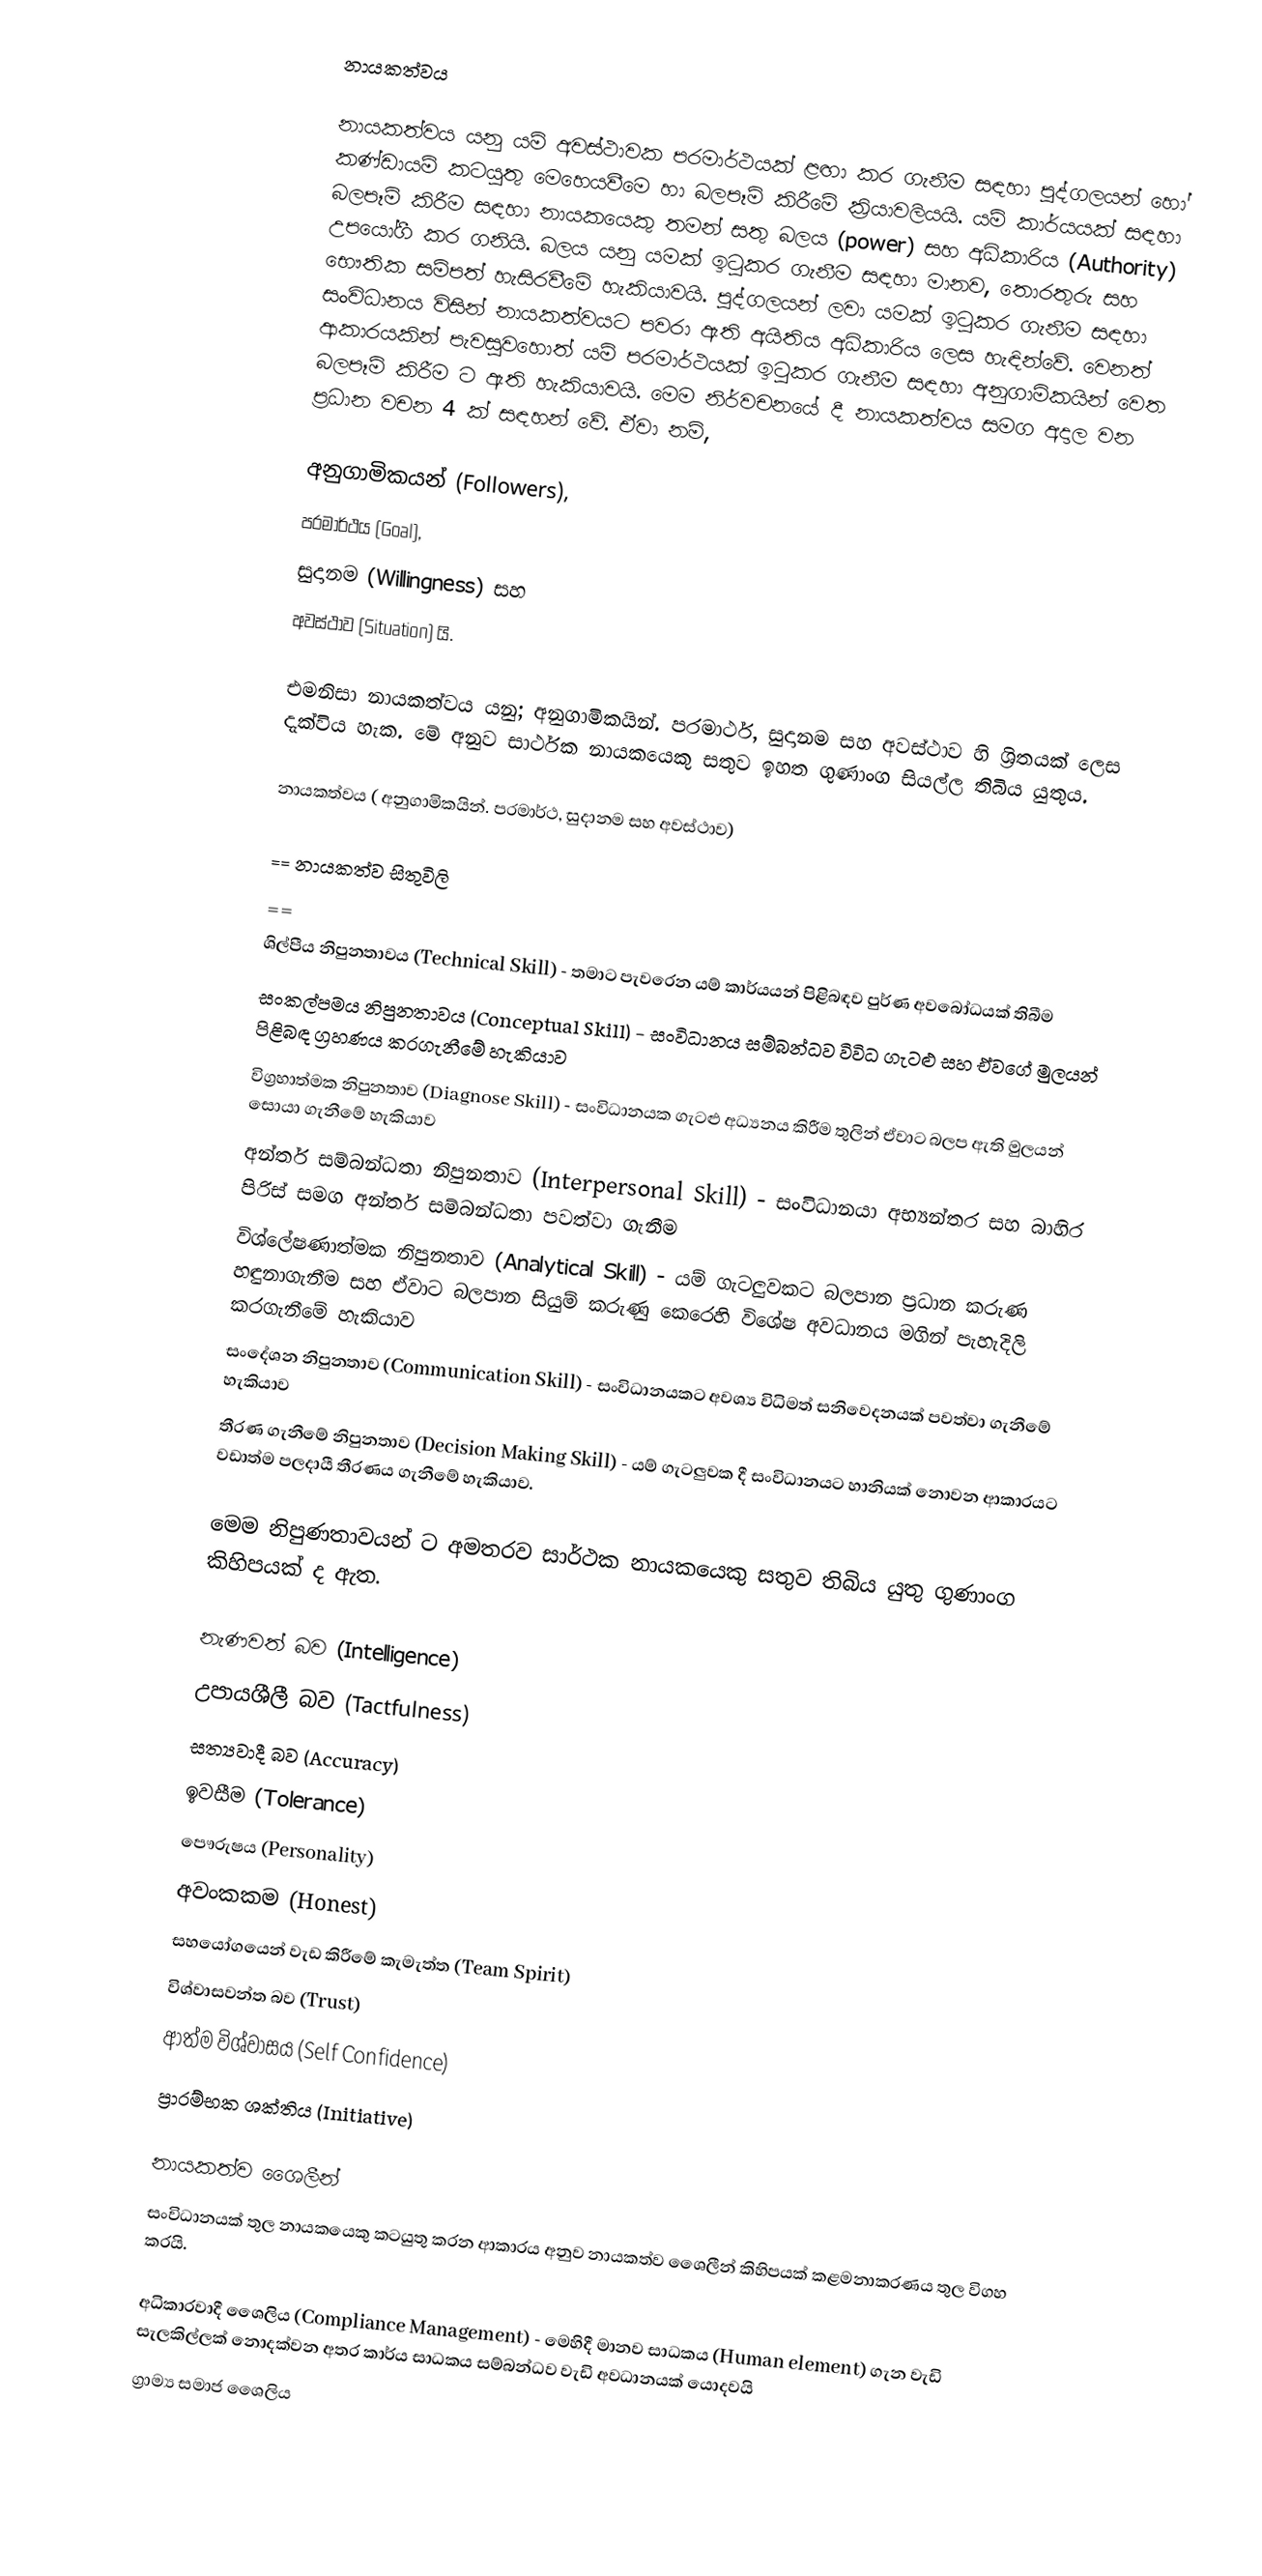
නායකත්වය

නායකත්වය යනු යම් අවස්ථාවක පරමාර්ථයක් ළඟා කර ගැනීම සඳහා පුද්ගලයන් හෝ කණ්ඩායම් කටයුතු මෙහෙයවීමෙ හා බලපෑම් කිරීමේ ක්‍රියාවලියයි. යම් කාර්යයක් සඳහා බලපෑම් කිරීම සඳහා නායකයෙකු තමන් සතු බලය (power) සහ අධිකාරිය (Authority) උපයෝගී කර ගනියි. බලය යනු යමක් ඉටුකර ගැනීම සඳහා මානව, තොරතුරු සහ භෞතික සම්පත් හැසිරවීමේ හැකියාවයි. පුද්ගලයන් ලවා යමක් ඉටුකර ගැනීම සඳහා සංවිධානය විසින් නායකත්වයට පවරා  ඇති අයිතිය අධිකාරිය ලෙස හැඳින්වේ. වෙනත් ආකාරයකින් පැවසුවහොත් යම් පරමාර්ථයක් ඉටුකර ගැනීම සඳහා අනුගාමිකයින් වෙත බලපෑම් කිරීම ට ඇති හැකියාවයි. මෙම නිර්වචනයේ දී නායකත්වය සමග අදාල වන ප්‍රධාන වචන 4 ක් සඳහන් වේ. ඒවා නම්,

අනුගාමිකයන් (Followers),
පරමාර්ථය (Goal),
සුදානම (Willingness) සහ
අවස්ථාව (Situation) යි.

එමනිසා නායකත්වය යනු; අනුගාමිකයින්. පරමාර්ථ, සුදානම සහ අවස්ථාව හි ශ්‍රිතයක් ලෙස දැක්විය හැක. මේ අනුව සාර්ථක නායකයෙකු සතුව ඉහත ගුණාංග සියල්ල තිබිය යුතුය.

නායකත්වය  ( අනුගාමිකයින්. පරමාර්ථ, සුදානම සහ අවස්ථාව)

== නායකත්ව සිතුවිලි
 ==
 ශිල්පීය නිපුනතාවය (Technical Skill) - තමාට පැවරෙන යම් කාර්යයන් පිළිබඳව පුර්ණ අවබෝධයක් තිබීම
සංකල්පමය නිපුනතාවය (Conceptual Skill) - සංවිධානය සම්බන්ධව විවිධ ගැටළු සහ ඒවගේ මුලයන් පිළිබඳ ග්‍රහණය කරගැනීමේ හැකියාව
විග්‍රහාත්මක නිපුනතාව (Diagnose Skill) - සංවිධානයක ගැටළු අධ්‍යනය කිරීම තුලින් ඒවාට බලප ඇති මුලයන් සොයා ගැනීමේ හැකියාව
අන්තර් සම්බන්ධතා නිපුනතාව (Interpersonal Skill) - සංවිධානයා අභ්‍යන්තර සහ බාහිර පිරිස් සමග අන්තර් සම්බන්ධතා පවත්වා ගැනීම
විශ්ලේෂණාත්මක නිපුනතාව (Analytical Skill) - යම් ගැටලුවකට බලපාන ප්‍රධාන කරුණ හඳුනාගැනීම සහ ඒවාට බලපාන සියුම් කරුණු කෙරෙහි විශේෂ අවධානය මගින් පැහැදිලි කරගැනීමේ හැකියාව
සංදේශන නිපුනතාව (Communication Skill) - සංවිධානයකට අවශ්‍ය විධිමත් සනිවෙදනයක් පවත්වා ගැනීමේ හැකියාව
තීරණ ගැනීමේ නිපුනතාව (Decision Making Skill) - යම් ගැටලුවක දී සංවිධානයට හානියක් නොවන ආකාරයට වඩාත්ම පලදායී තීරණය ගැනීමේ හැකියාව.

මෙම නිපුණතාවයන් ට අමතරව සාර්ථක නායකයෙකු සතුව තිබිය යුතු ගුණාංග කිහිපයක් ද ඇත.

නැණවත් බව (Intelligence)
උපායශීලී බව (Tactfulness)
සත්‍යවාදී බව (Accuracy)
ඉවසීම (Tolerance)
පෞරුෂය (Personality)
අවංකකම (Honest)
සහයෝගයෙන් වැඩ කිරීමේ කැමැත්ත (Team Spirit)
විශ්වාසවන්ත බව (Trust)
ආත්ම විශ්වාසය (Self Confidence)
ප්‍රාරම්භක ශක්තිය (Initiative)

නායකත්ව ශෛලීන්
සංවිධානයක් තුල නායකයෙකු කටයුතු කරන ආකාරය අනුව නායකත්ව ශෛලීන් කිහිපයක් කළමනාකරණය තුල විගහ කරයි.

අධිකාරවාදී ශෛලිය (Compliance Management) - මෙහිදී මානව සාධකය (Human element) ගැන වැඩි සැලකිල්ලක් නොදක්වන අතර කාර්ය සාධකය සම්බන්ධව වැඩි අවධානයක් යොදවයි
ග්‍රාම්‍ය සමාජ ශෛලිය